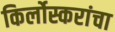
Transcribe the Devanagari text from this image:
किर्लोस्करांचा